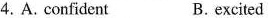
4.A. confident B.excited